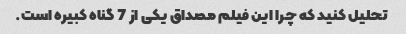
تحلیل کنید که چرا این فیلم مصداق یکی از 7 گناه کبیره است.